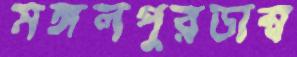
মঙ্গলপুরডাম্ব